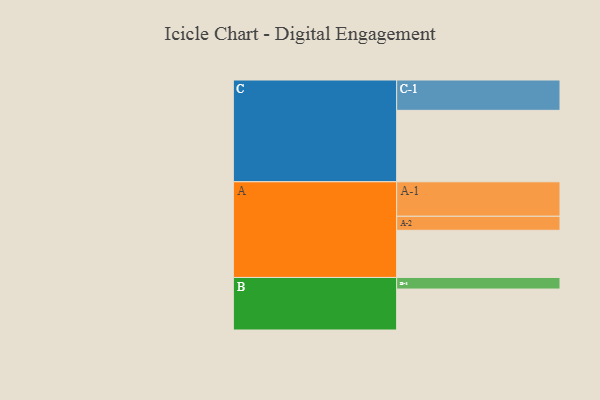
{"axis": {"x": "Segment", "y": "Value"}, "legend": ["", "A", "B", "C"], "data": [{"x": "A", "y": 387, "type": ""}, {"x": "B", "y": 336, "type": ""}, {"x": "C", "y": 586, "type": ""}, {"x": "A-1", "y": 283, "type": "A"}, {"x": "A-2", "y": 115, "type": "A"}, {"x": "B-1", "y": 95, "type": "B"}, {"x": "C-1", "y": 249, "type": "C"}]}